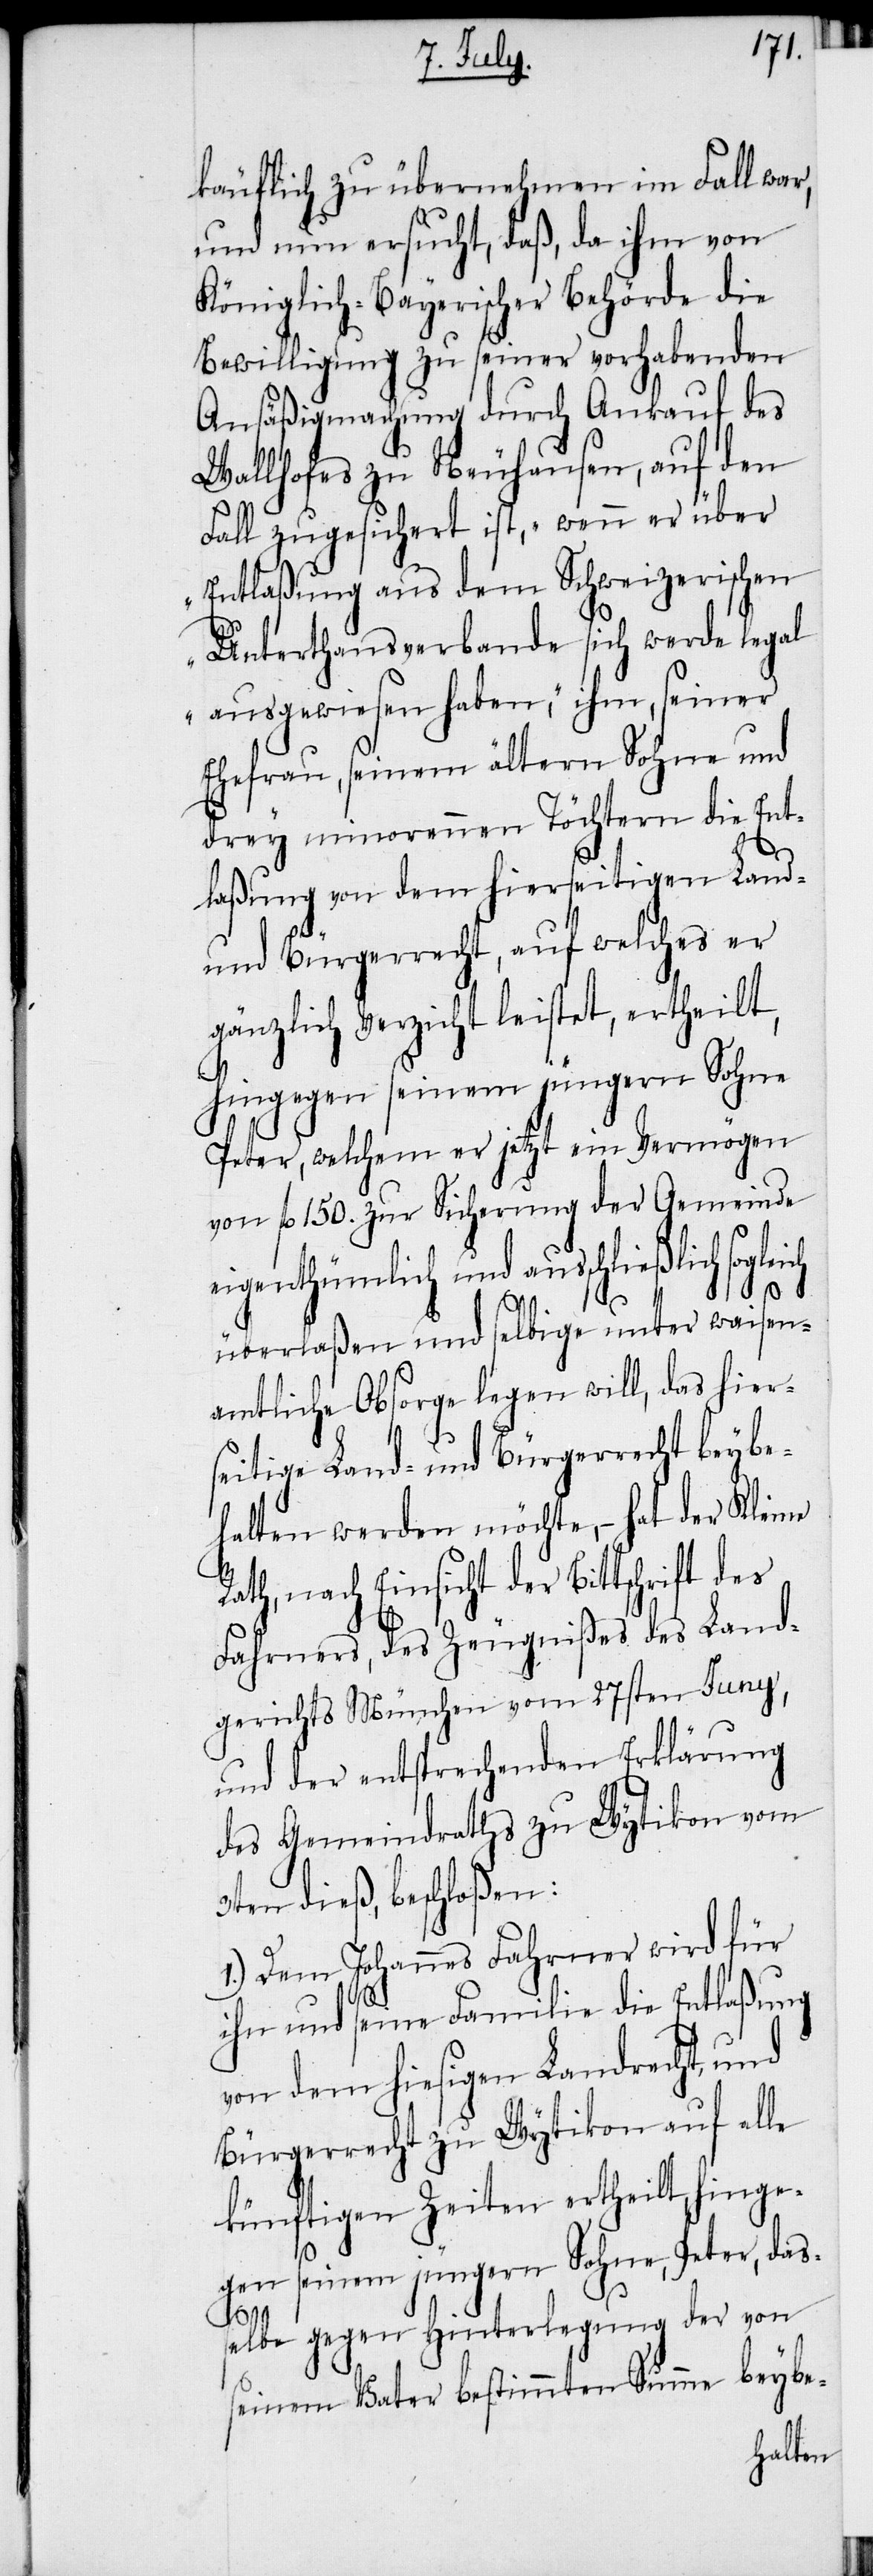
käuflich zu übernehmen im Fall war,
und nun ersucht, daß, da ihm von
Königlich-Bayerischer Behörde die
Bewilligung zu seiner vorhabenden
Ansäßigmachung durch Ankauf des
Wallhofes zu Neuhausen, auf den
Fall zugesichert ist, „wenn er über
Entlaßung aus dem Schweizerischen
Unterthansverbande sich werde legal
ausgewiesen haben,“ ihm, seiner
Ehefrau, seinem ältern Sohne und
drey minorennen Töchtern die Ent¬
laßung von dem hierseitigen Land-
und Bürgerrecht, auf welches er
gänzlich Verzicht leistet, ertheilt,
hingegen seinem jüngern Sohne
Peter, welchem er jetzt ein Vermögen
von fl 150. zur Sicherung der Gemeinde
eigenthümlich und ausschließlich sogleich
überlaßen und selbige unter waisen¬
amtliche Obsorge legen will, das hier¬
seitige Land- und Bürgerrecht beybe¬
halten werden möchte, − hat der Kleine
Rath, nach Einsicht der Bittschrift des
Fahrners, des Zeugnißes des Land¬
gerichts München vom 27sten Juny,
und der entsprechenden Erklärung
des Gemeindraths zu Wytikon vom
3ten dieß, beschloßen:
1.) Dem Johannes Fahrner wird für
ihn und seine Familie die Entlaßung
von dem hiesigen Landrecht, und
Bürgerrecht zu Wytikon auf alle
künftigen Zeiten ertheilt, hinge¬
gen seinem jüngern Sohne, Peter, das¬
selbe gegen Hinterlegung der von
seinem Vater bestimmten Summe beybe-